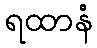
ရထာနံ